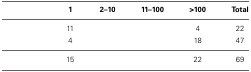
<table><thead><tr><td>[EMPTY_CELL]</td><td><b>1</b></td><td><b>2–10</b></td><td><b>11–100</b></td><td><b>&gt;100</b></td><td><b>Total</b></td></tr></thead><tbody><tr><td>[EMPTY_CELL]</td><td>11</td><td>[EMPTY_CELL]</td><td>[EMPTY_CELL]</td><td>4</td><td>22</td></tr><tr><td>[EMPTY_CELL]</td><td>4</td><td>[EMPTY_CELL]</td><td>[EMPTY_CELL]</td><td>18</td><td>47</td></tr><tr><td>[EMPTY_CELL]</td><td>15</td><td>[EMPTY_CELL]</td><td>[EMPTY_CELL]</td><td>22</td><td>69</td></tr></tbody></table>